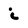
Character: i